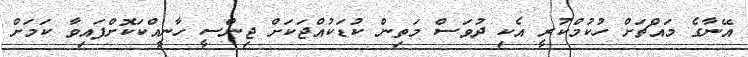
އޭނާގެ މައްޗަށް ހުކުމްކުރީ އެކި ދުވަސް މަތިން ކުޑަކުއްޖަކަށް ޖިންސީ ހާނީއްކަކޮށްފައިވާ ކަމަށް